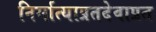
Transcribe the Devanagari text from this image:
निर्मात्याप्रतदेवाप्रत